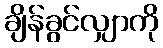
ချိန်ခွင်လျှာကို